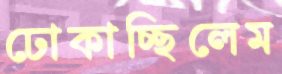
ঢোকাচ্ছিলেম